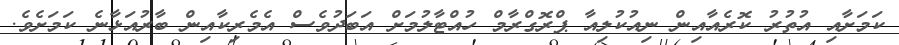
ކަަމަށާއި އުތުރު ކޮރެއާއިން ނިއުކުލިއާ ޕްރޮގްރާމް ހުއްޓާލުމަށް އަބަދުވެސް އެމެރިކާއިން ބާރުއަޅާނެ ކަމަށެވެ.